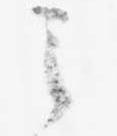
之